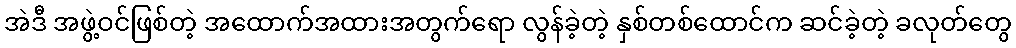
အဲဒီ အဖွဲ့ဝင်ဖြစ်တဲ့ အထောက်အထားအတွက်ရော လွန်ခဲ့တဲ့ နှစ်တစ်ထောင်က ဆင်ခဲ့တဲ့ ခလုတ်တွေ